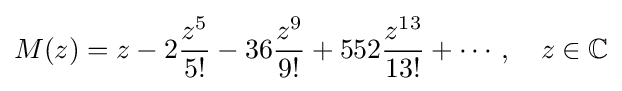
M(z)=z-2{\frac {z^{5}}{5!}}-36{\frac {z^{9}}{9!}}+552{\frac {z^{13}}{13!}}+\cdots ,\quad z\in \mathbb {C}